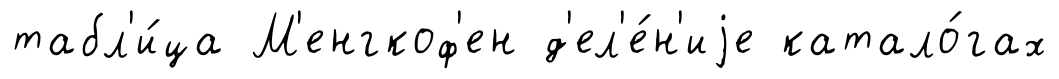
табл'и́ца М'енгкоф'ен д'ел'е́н'иjе катало́гах